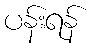
ပန်းရန်